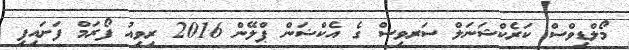
މޯލްޑިވްސް ކަރެކްޝަނަލް ސަރވިސް ގެ އެކްޝަން ޕްލޭން 2016 ރިވިއު ފޯރަމް ފަށައިފި